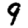
Digit: 9